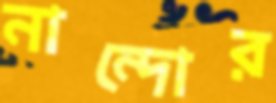
নান্দোর